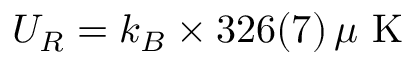
U _ { R } = k _ { B } \times 3 2 6 ( 7 ) \, \mu \mathrm { ~ K ~ }